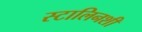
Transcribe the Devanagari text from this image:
स्टालिनशी